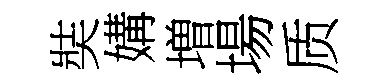
奘媾増場质